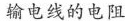
输电线的电阻